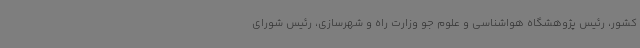
کشور، رئیس پژوهشگاه هواشناسی و علوم جو وزارت راه و شهرسازی، رئیس شورای